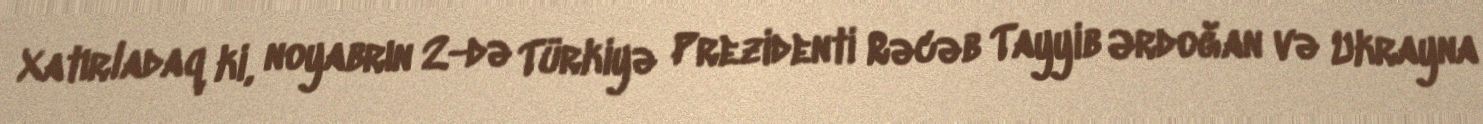
Xatırladaq ki, noyabrın 2-də Türkiyə Prezidenti Rəcəb Tayyib Ərdoğan və Ukrayna